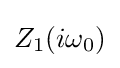
Z_{1}(i\omega _{0})